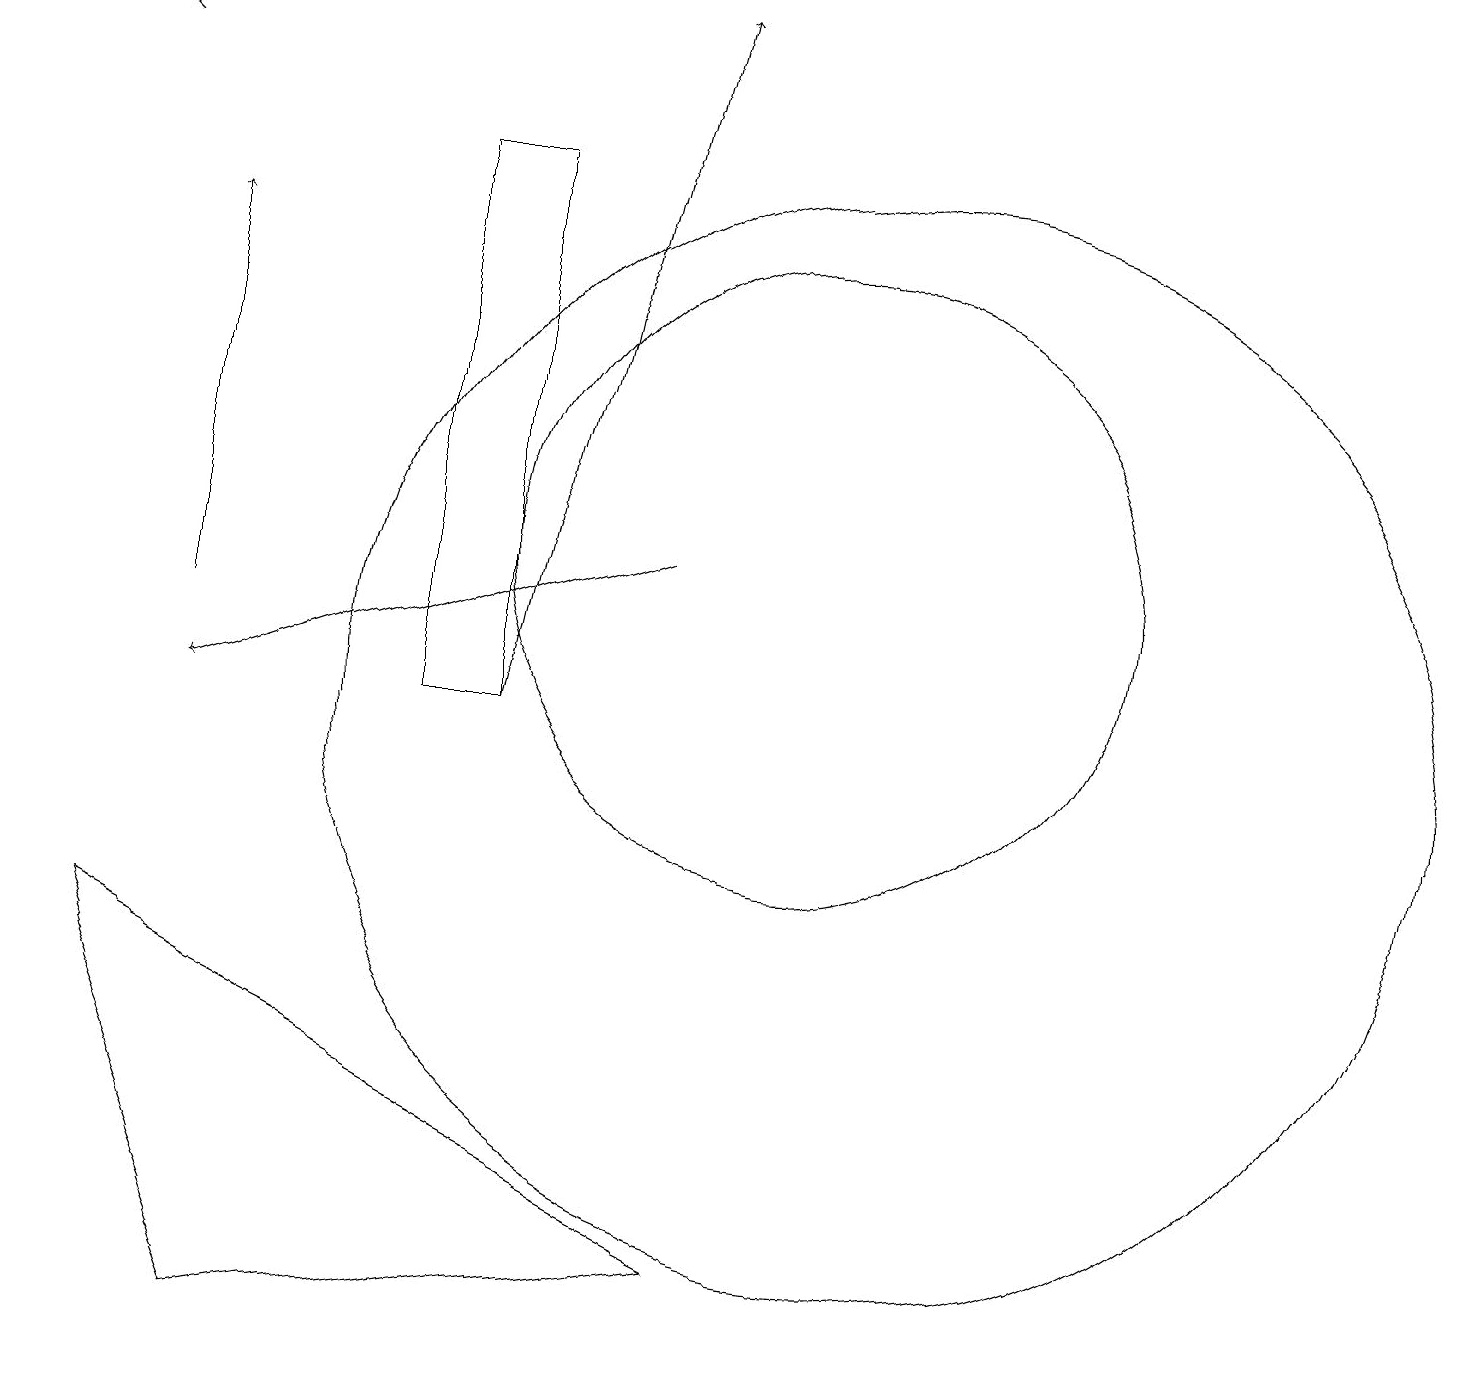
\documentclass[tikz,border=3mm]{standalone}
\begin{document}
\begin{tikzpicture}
\draw (11,10) circle (7);
\draw[->] (1,18) -- (0,19);
\draw[->] (8,12) -- (2,10);
\draw (3,2) -- (9,3) -- (1,7) -- cycle;
\draw[->] (2,11) -- (2,16);
\draw[->] (6,10) -- (8,19);
\draw (5,10) rectangle (6,17);
\draw (10,12) circle (4);
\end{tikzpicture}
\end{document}